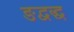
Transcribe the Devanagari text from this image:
ङद्वद्ध